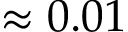
\approx 0 . 0 1